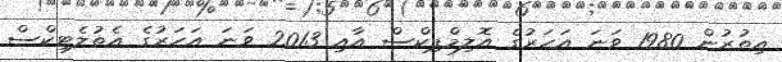
އިތުރުން 1980 ވަނަ އަހަރުގެ އޮލިމްޕިކްސް އާއި 2013 ވަނަ އަހަރުގެ އެތުލެޓިކްސް